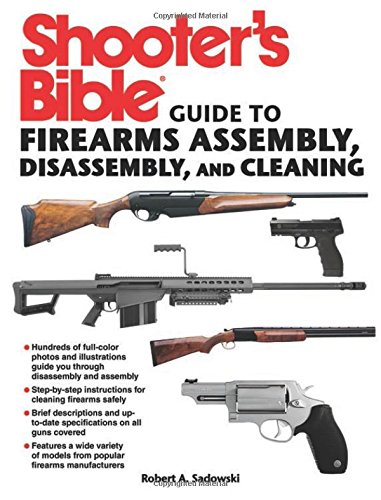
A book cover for Shooter's Bible Guide to Firearms Assembly, Disassembly, and Cleaning; Robert A. Sadowski; Sports & Outdoors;